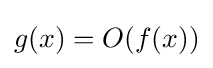
g(x)=O(f(x))